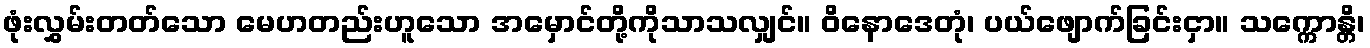
ဖုံးလွှမ်းတတ်သော မေဟတည်းဟူသော အမှောင်တို့ကိုသာသလျှင်။ ဝိနောဒေတုံ၊ ပယ်ဖျောက်ခြင်းငှာ။ သက္ကောန္တိ၊